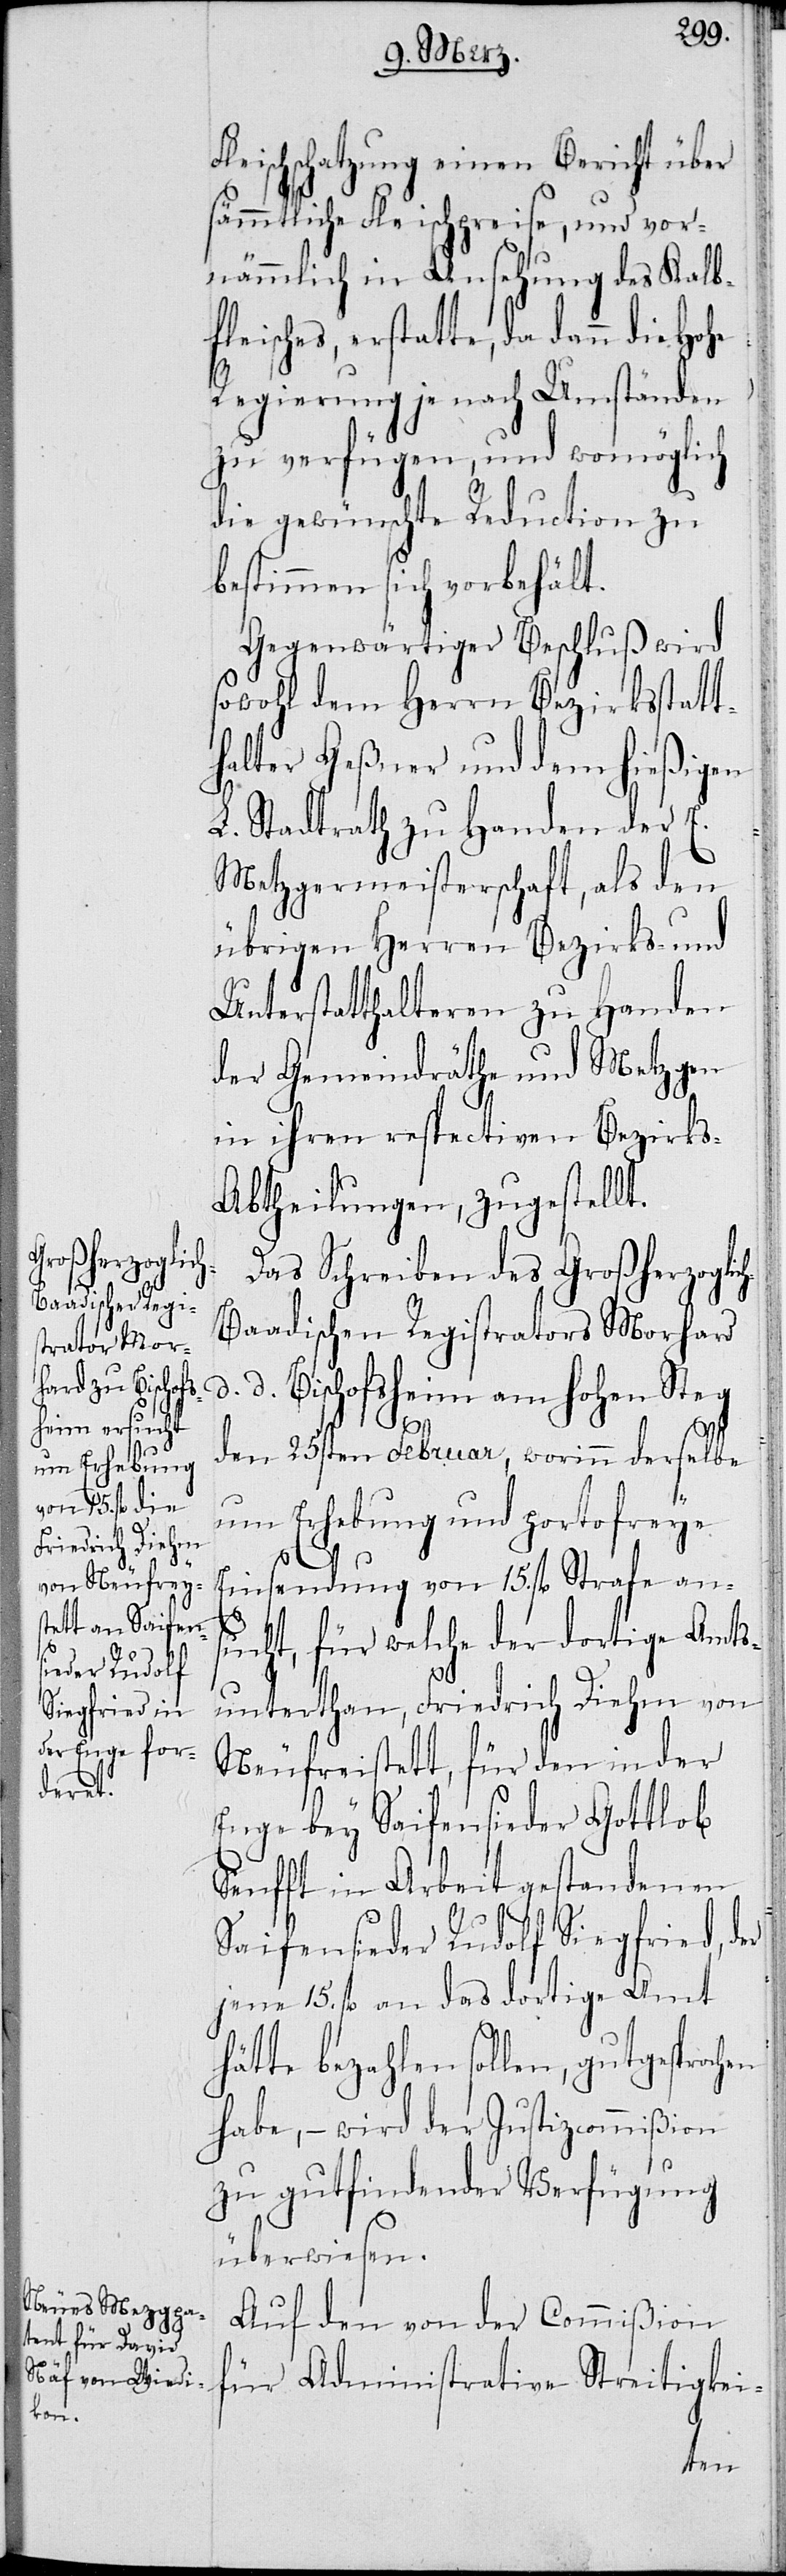
leischschatzung einen Bericht über
sämmtliche Fleischpreise, und vor¬
nämmlich in Ansehung des Kalbf¬
leisches, erstatte, da dann die
Regierung je nach Umständen
zu verfügen, und womöglich
die gewünschte Reduction zu
bestimmen sich vorbehält.
Gegenwärtiger Beschluß wird
sowohl dem Herrn Bezirksstatt¬
halter Geßner und dem hießigen
L. Stadtrath zu Handen der E.
Metzgermeisterschaft, als den
übrigen Herren Bezirks- und
Unterstatthalteren zu Handen
der Gemeindräthe und Metzgen
in ihren respectiven Bezirk¬
s-Abtheilungen, zugestellt.
Das Schreiben des Großherzoglic¬
h-Baadischen Registrators Morhard
d. d. Bischofsheim am hohen Steg
den 25sten Februar, worinn derselbe
um Erhebung und portofreye
Einsendung von 15. fl. Strafe an¬
sucht, für welche der dortige Amts¬
F¬
unterthan, Friedrich Diehm von
Neufreistett, für den in der
Enge bey Saifensieder Gottlob
Senfft in Arbeit gestandenen
Saifensieder Rudolf Siegfried, der
jene 15. fl. an das dortige Amt
hätte bezahlen sollen, gutgesproch¬
habe, – wird der Justizcommißion
zu gutfindender Verfügung
überwiesen.
Auf den von der Commißion
für Administrative Streitigkei-
en